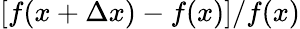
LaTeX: [f(x+\Delta x)-f(x)]/f(x)